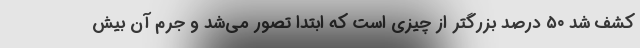
کشف شد ۵۰ درصد بزرگتر از چیزی است که ابتدا تصور می‌شد و جرم آن بیش